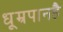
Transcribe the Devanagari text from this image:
धूम्रपानहै